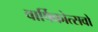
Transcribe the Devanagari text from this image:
वार्षिकोत्सवों